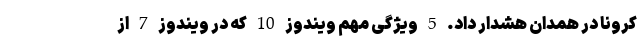
کرونا در همدان هشدار داد. 5 ویژگی مهم ویندوز 10 که در ویندوز 7 از